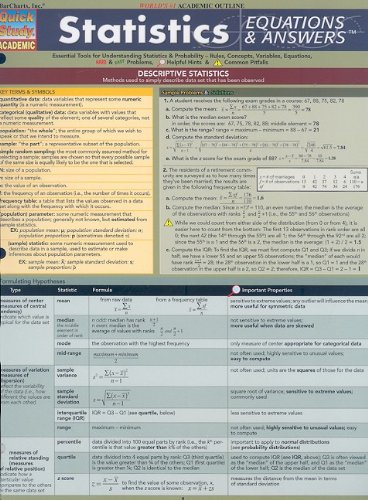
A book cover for Statistics Equations & Answers (Quickstudy: Academic); Inc. BarCharts; Business & Money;